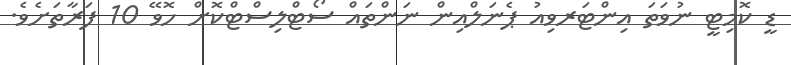
ޑީ ކޮމިޓީ ނުވަތަ އިންޓަރވިއު ޕެނަލްއިން ނަންތައް ސޯޓްލިސްޓްކޮށް ހޮވޭ 10 ފަރާތަށެވެ.